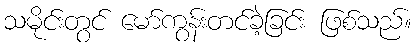
သမိုင်းတွင် မော်ကွန်းတင်ခဲ့ခြင်း ဖြစ်သည်။